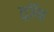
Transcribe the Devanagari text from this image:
ट्राॅय